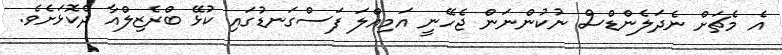
އެ މެޗަށް ނެދަލެންޑްސް ނުކުންނަން ޖެހޭނީ އަމިއްލަ ފަސްގަނޑުގައި ކުޅޭ ބްރެޒިލްއާ ދެކޮޅަށެވެ.